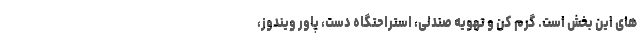
های این بخش است. گرم کن و تهویه صندلی، استراحتگاه دست، پاور ویندوز،